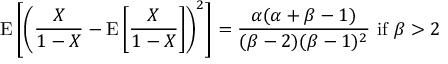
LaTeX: \operatorname { E } \left[ \left( { \frac { X } { 1 - X } } - \operatorname { E } \left[ { \frac { X } { 1 - X } } \right] \right) ^ { 2 } \right] = { \frac { \alpha ( \alpha + \beta - 1 ) } { ( \beta - 2 ) ( \beta - 1 ) ^ { 2 } } } { \mathrm { ~ i f ~ } } \beta > 2